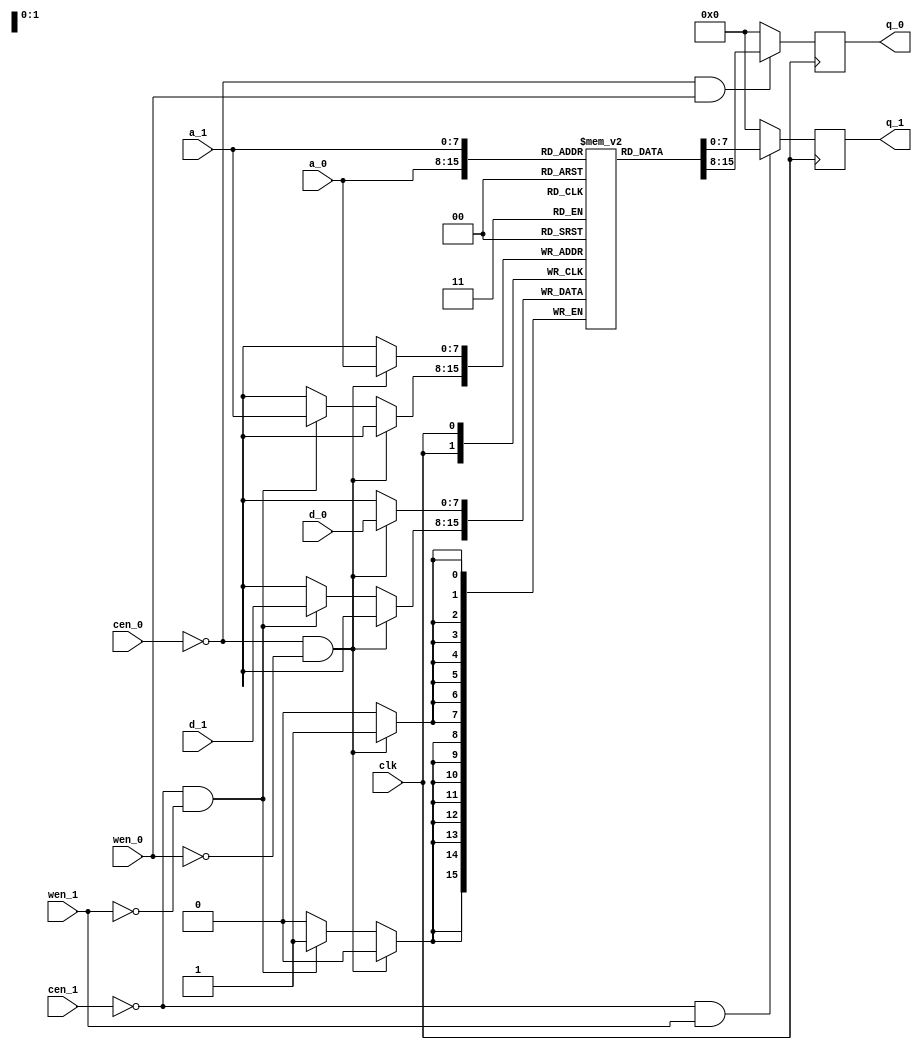
//-------------------------------------------------------------------------
// Design     : sync_dp_ram
// Descrition : Synchronous dual port RAM
// Revision   : 1.0
//-------------------------------------------------------------------------

module sync_dp_ram
#(
  parameter ADDR_WIDTH = 8, // address's width
  parameter DATA_WIDTH = 8  // data's width
)
(
  input clk,    // systems's clock

  input                       cen_0, // chip select, port 0, low active
  input                       wen_0, // write enable, port 0, low active
  input      [ADDR_WIDTH-1:0] a_0,   // address, port 0
  input      [DATA_WIDTH-1:0] d_0,   // data in, port 0
  output reg [DATA_WIDTH-1:0] q_0,   // data out, port 0

  input                       cen_1, // chip select, port 1, low active
  input                       wen_1, // write enable, port 1, low active
  input      [ADDR_WIDTH-1:0] a_1,   // address, port 1
  input      [DATA_WIDTH-1:0] d_1,   // data in, port 1
  output reg [DATA_WIDTH-1:0] q_1   // data out, port 1
);

  parameter RAM_DEPTH = 1 << ADDR_WIDTH;
  //reg [DATA_WIDTH-1:0] q_0_reg, q_1_reg;
  reg [DATA_WIDTH-1:0] ram [RAM_DEPTH-1:0];

  always @ (posedge clk)
  begin: WRITE_IN
    if (cen_0 == 0 && wen_0 == 0) begin
      ram[a_0] <= d_0;
    end else if (cen_1 == 0 && wen_1 == 0) begin
      ram[a_1] <= d_1;
    end
  end

  always @ (posedge clk)
  begin: READ_0
    if (cen_0 == 0 && wen_0 == 1)
      q_0 <= ram[a_0];
    else
      q_0 <= 'b0;
  end


  always @ (posedge clk)
  begin: READ_1
    if (cen_1 == 0 && wen_1 == 1)
      q_1 <= ram[a_1];
    else
      q_1 <= 'b0;
  end
endmodule